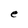
Character: e